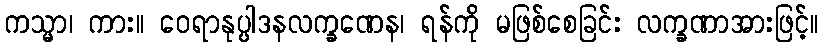
ကသ္မာ၊ ကား။ ဝေရာနုပ္ပါဒနလက္ခဏေန၊ ရန်ကို မဖြစ်စေခြင်း လက္ခဏာအားဖြင့်။